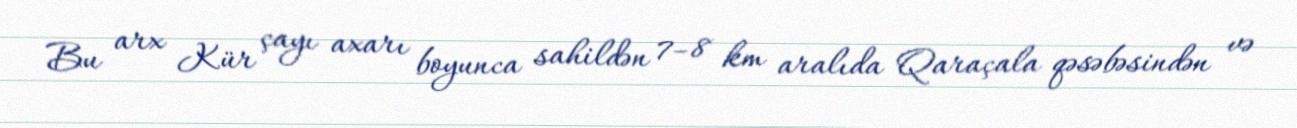
Bu arx Kür çayı axarı boyunca sahildən 7–8 km aralıda Qaraçala qəsəbəsindən və